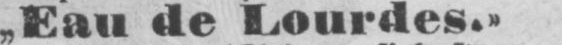
„Eau de Lourdes.»